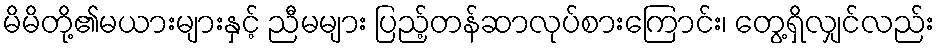
မိမိတို့၏မယားများနှင့် ညီမများ ပြည့်တန်ဆာလုပ်စားကြောင်း၊ တွေ့ရှိလျှင်လည်း